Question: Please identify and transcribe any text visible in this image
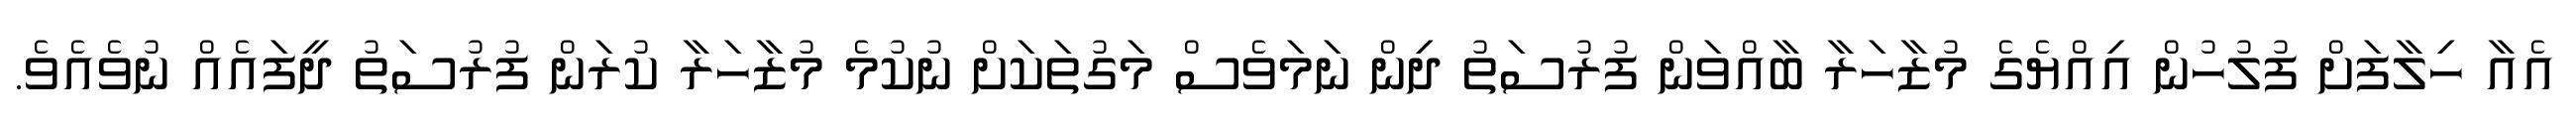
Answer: އެއާ ހިލާފަށް ފުލުހުން އިއްޔެގެ މުޒާހަރާ ބާއްވަން ފުރުސަތު ދިން ނަމަވެސް މަގުތަކަށް ނުކުމެ މުޒާހަރާ ކުރަން ފުރުސަތު ދީފައެއް ނުވެއެވެ.